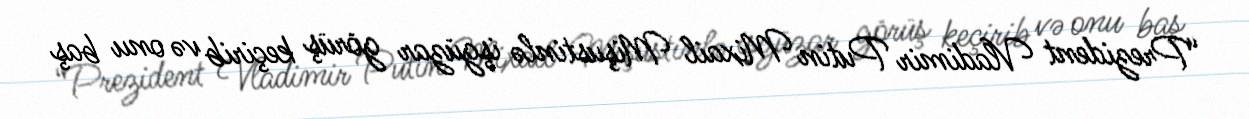
“Prezident Vladimir Putin Mixail Mişustinlə işgüzar görüş keçirib və onu baş